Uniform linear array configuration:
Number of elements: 8
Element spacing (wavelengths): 0.25
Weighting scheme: kaiser
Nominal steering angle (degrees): -60
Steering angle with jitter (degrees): -59.613
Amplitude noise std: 0.05
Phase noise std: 0.05

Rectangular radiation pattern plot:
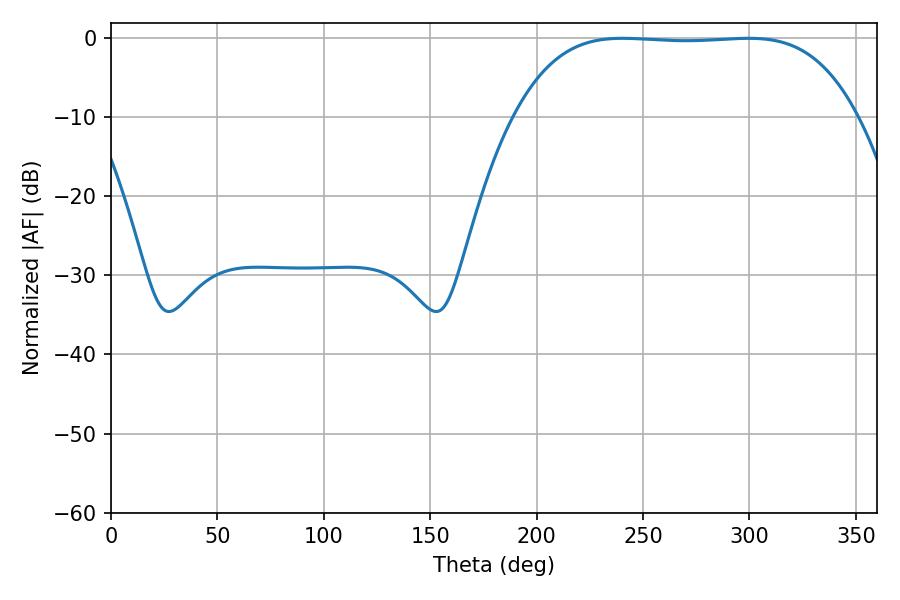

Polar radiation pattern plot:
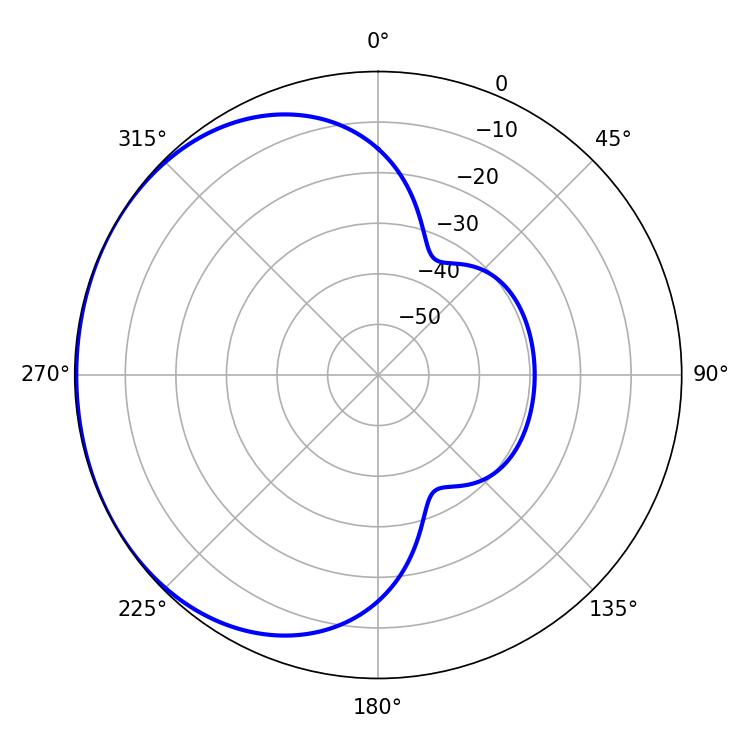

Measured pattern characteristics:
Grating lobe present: FALSE
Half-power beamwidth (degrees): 124.56
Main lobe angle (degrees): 240.48